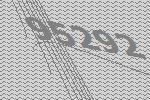
95292